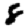
Digit: 8